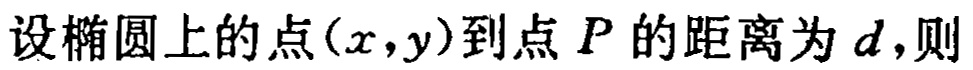
设椭圆上的点\((x,y)\)到点\(P\)的距离为\(d\)，则